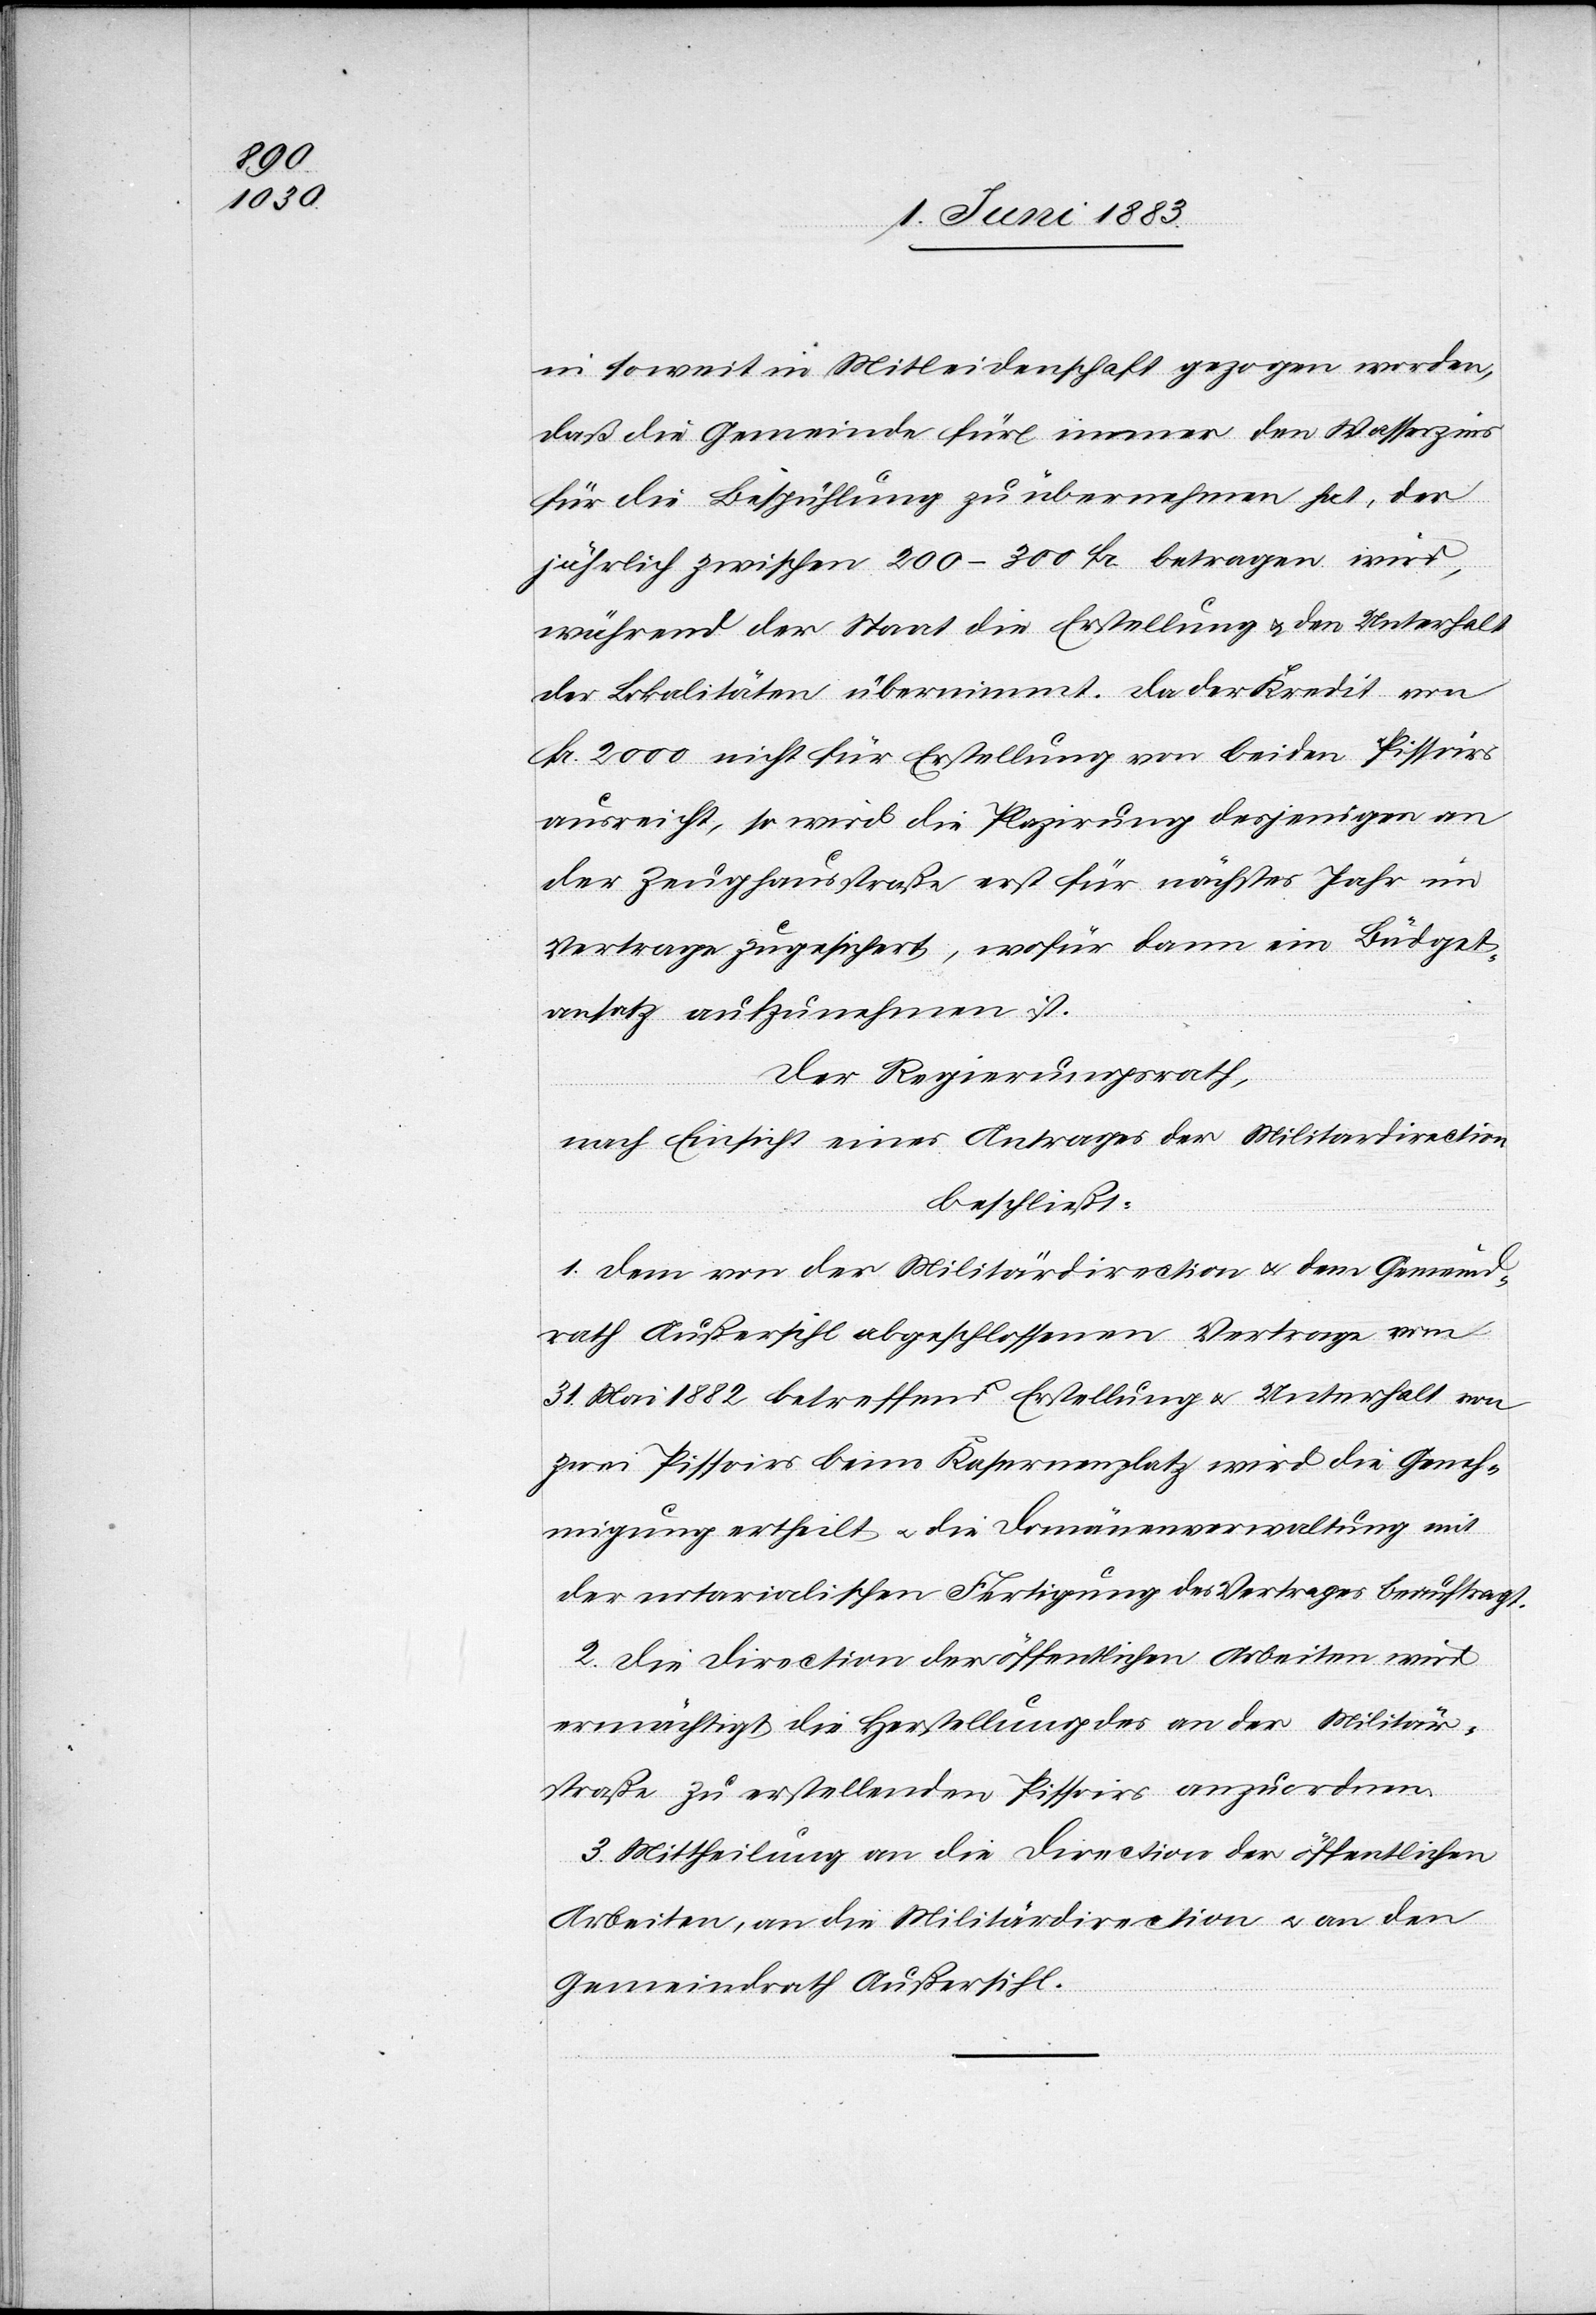
in soweit in Mitleidenschaft gezogen worden,
daß die Gemeinde für immer den Wasserzins
für die Bespühlung zu übernehmen hat, der
jährlich zwischen 200–300 Fr. betragen wird,
während der Staat die Erstellung u. den Unterhalt
der Lokalitäten übernimmt. Da der Kredit von
Fr. 2000 nicht für Erstellung von beiden Pissoirs
ausreicht, so wird die Plazirung desjenigen an
der Zeughausstraße erst für nächstes Jahr im
Vertrage zugesichert, wofür dann ein Büdget¬
ansatz aufzunehmen ist.
Der Regierungsrath,
nach Einsicht eines Antrages der Militärdirection,
beschließt:
1. Dem von der Militärdirection u. dem Gemeind¬
rath Außersihl abgeschlossenen Vertrage vom
31. Mai 1882 betreffend Erstellung u. Unterhalt von
zwei Pissoirs beim Kasernenplatz wird die Geneh¬
migung ertheilt u. die Domänenverwaltung mit
der notarialischen Fertigung des Vertrages beauftragt.
2. Die Direction der öffentlichen Arbeiten wird
ermächtig die Herstellung des an der Militär¬
straße zu erstellenden Pissoirs anzuordnen.
3. Mittheilung an die Direction der öffentlichen
Arbeiten, an die Militärdirection u. an den
Gemeindrath Außersihl.